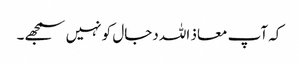
کہ آپ معاذ اللہ دجال کو نہیں سمجھے۔